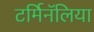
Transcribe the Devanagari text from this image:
टर्मिनॅलिया